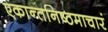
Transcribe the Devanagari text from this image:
एकान्तनिष्ठमाचारं